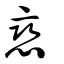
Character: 戀